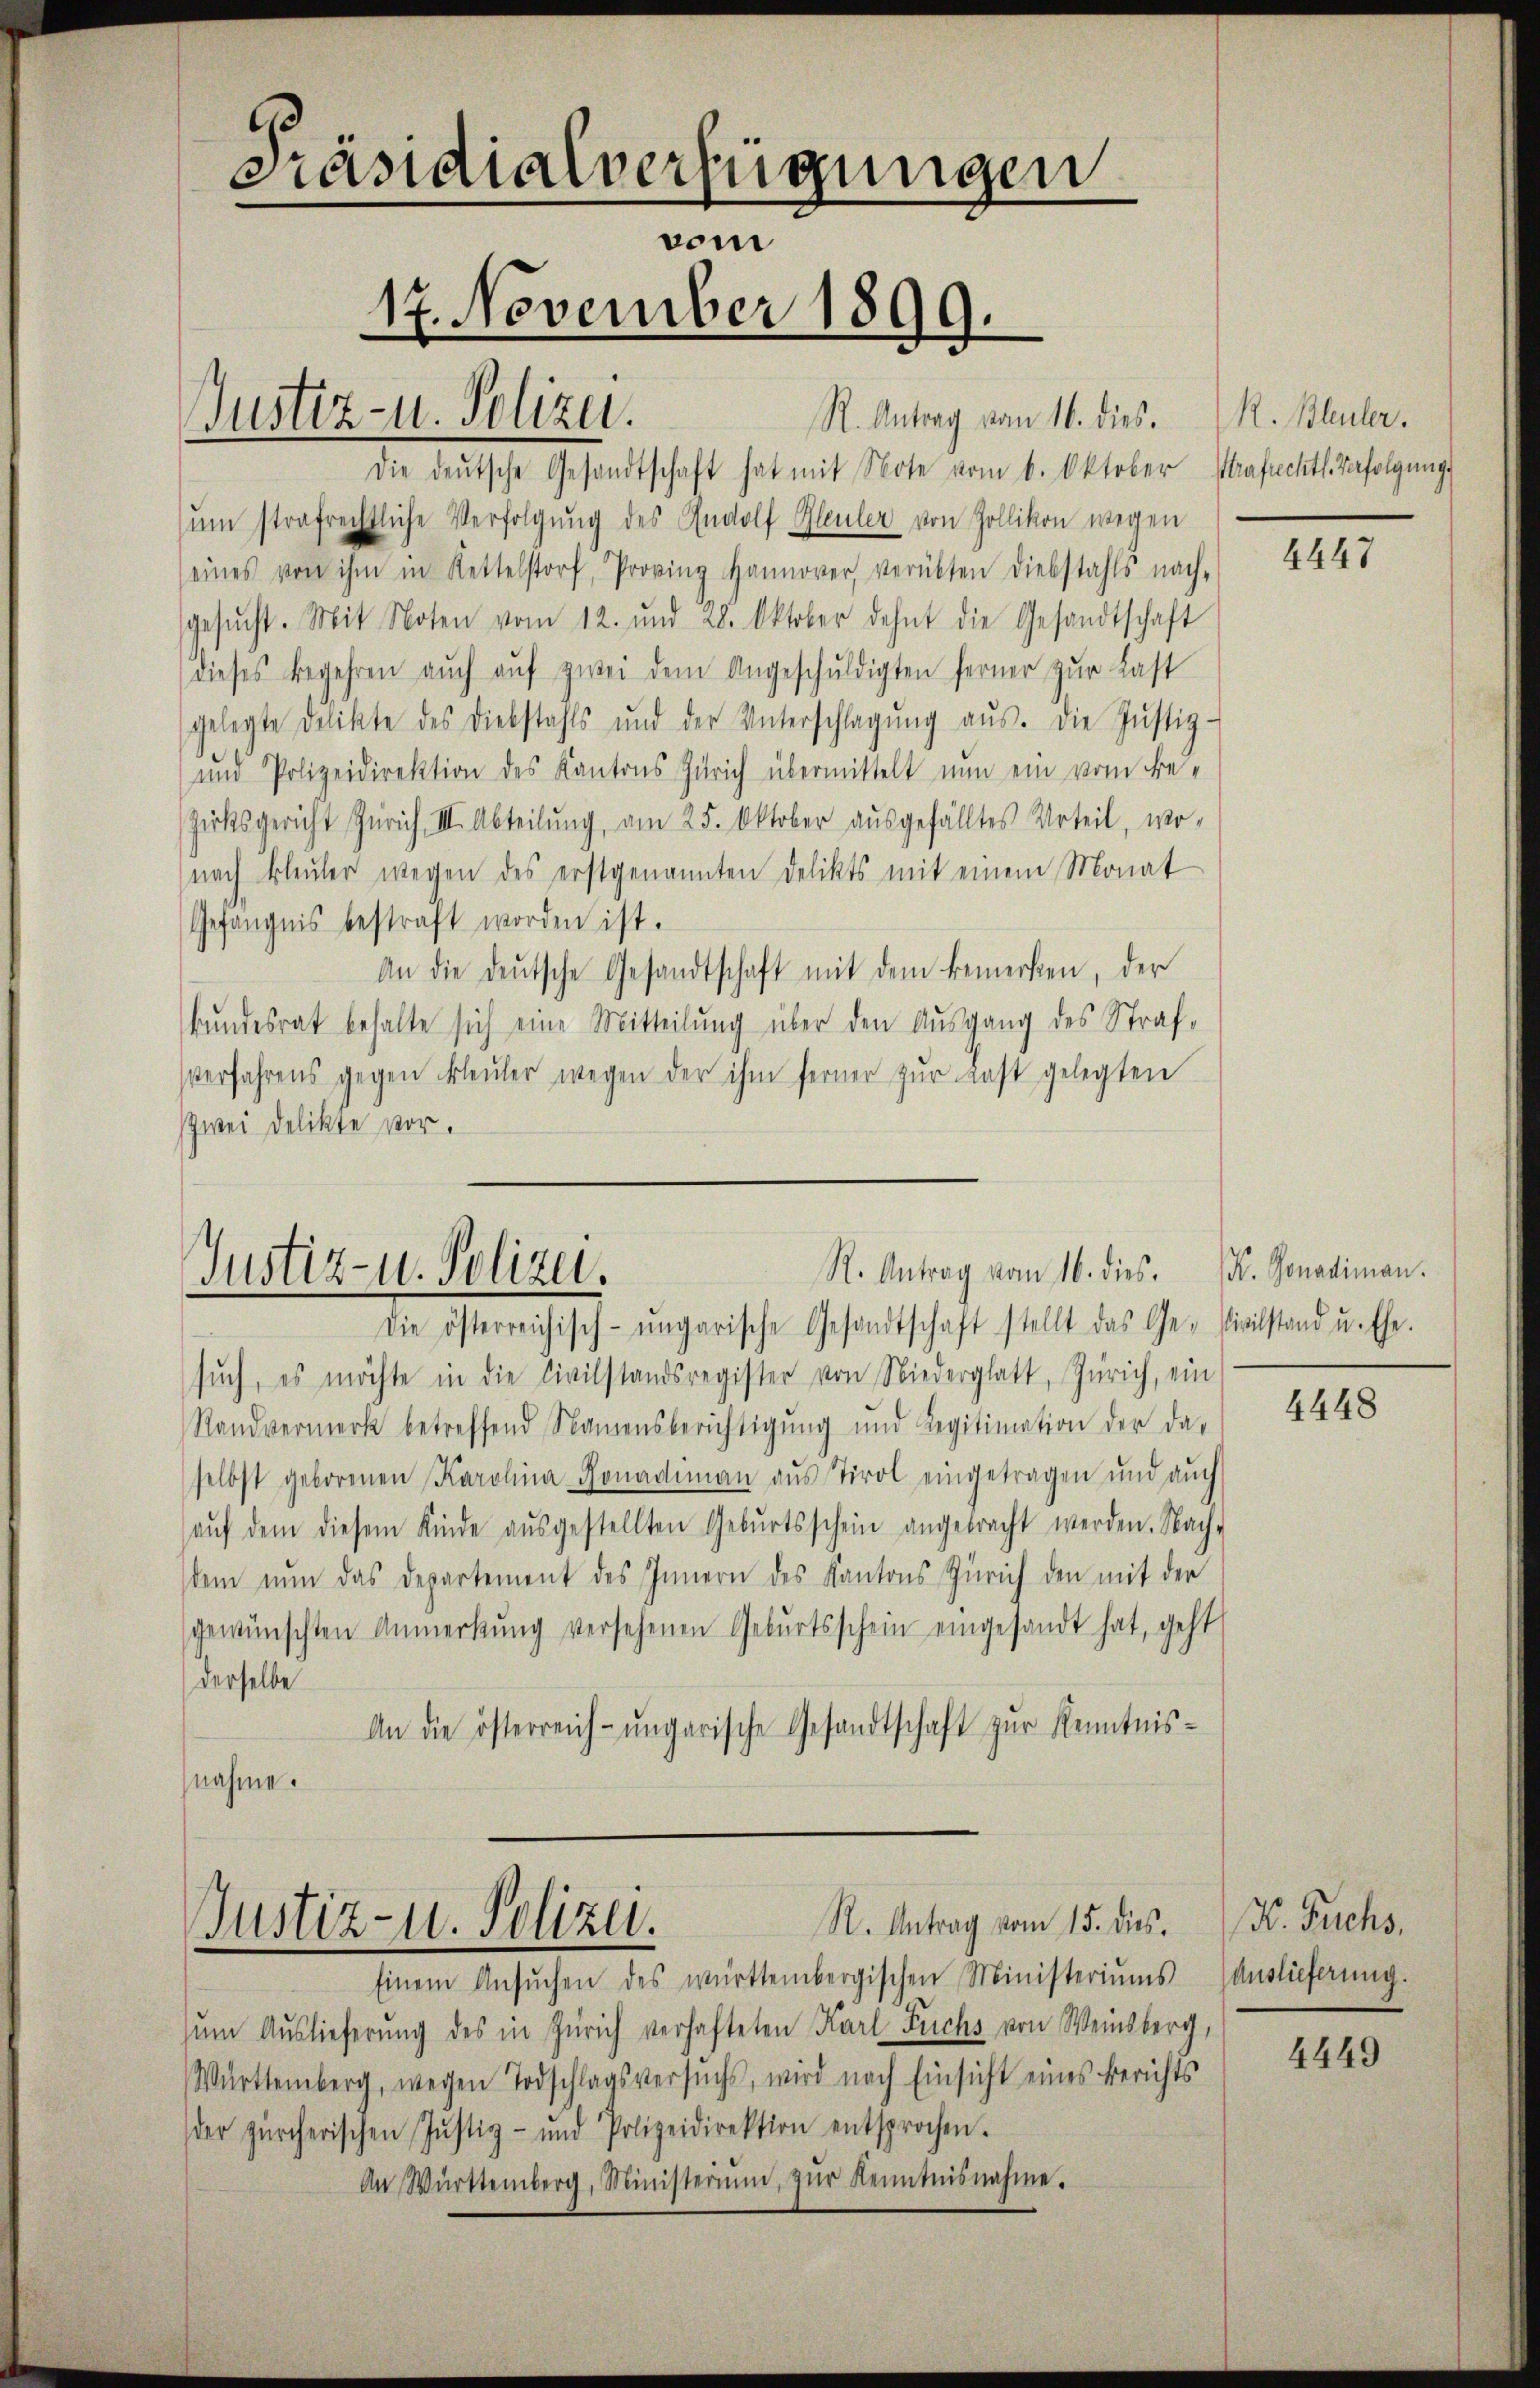
Präsidialverfügungen
vom
17. November 1899.
R. Antrag vom 16. dies.
Justiz- u. Polizei.

die deutsche Gesandtschaft hat mit Note vom 6. Oktober Strafechtl. Verfolgungs
um strafrechtliche Verfolgŭng des Rudolf Bleuler von Zollikon wegen
eines von ihm in Kettelstorf, Provinz Hannover, verübten diebstahls nach-
gesŭcht. Mit Noten vom 12. und 28. Oktober dehnt die Gesandtschaft
dieses Begehren aŭch aŭf zwei dem Angeschuldigten ferner zur Last
gelegte Delikte des Diebstahls und der Unterschlagung aŭs. Die Justiz-
und Polizeidirektion des Kantons Zürich übermittelt nun ein vom Be¬
Zirksgericht Zürich III. Abteilŭng, am 25. Oktober aŭsgefälltes Urteil, wo-
nach Bleuler wegen des erstgenannten Delikts mit einem Monat
Gefängnis bestraft worden ist.
An die deutsche Gesandtschaft mit dem bemerken, der
Bundesrat behalte sich eine Mitteilung über den Ausgang des Strafverfahrens gegen Bleuler wegen der ihm ferner zŭr Last gelegten
Zwei Delikte vor.

R. Antrag vom 16. dies.
Justiz- u. Polizei.
Die österreichisch-ungarische Gesandtschaft stellt das Ge- Civilstand u. Ehe.

sŭch, es möchte in die Civilstandsregister von Niederglatt, Zürich, ein
Randvermerk betreffend Namensberichtigŭng und Legitimation der da-
selbst geborenen Karolina Ronadimann aus Tirol eingetragen und auch
aŭf dem diesem Kinde aŭsgestellten Gebŭrtsschein angebracht werden. Nach-
dem nun das Departement des Innern des Kantons Zürich den mit der
gewünschten Anmerkŭng versehenen Geburtsschein eingesandt hat, geht
derselbe
An die österreich-ungarische Gesandtschaft zur Kenntnis-
nahme.

R. Antrag vom 15. dies
Justiz- u. Polizei.

Einem Ansŭchen des württembergischen Ministeriŭms
zum Auslieferung des in Zürich verhafteten Karl Fuchs von Weinsberg,
Württemberg, wegen Todschlagsversuchs, wird nach Einsicht eines Berichts
der zürcherischen Jŭstiz- und Polizeidirektion entsprochen.
An Württemberg, Ministerium, zŭr Kenntnisnahme.

R. Bleuler.

4447

K. Gonadiman.

4448

H. Buchs,
Auslieferung.

4449